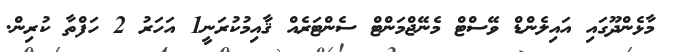
މާޅެންދޫގައި އައިލެންޑް ވޭސްޓް މެނޭޖްމަންޓް ސެންޓަރެއް ޤާއިމުކުރަނީ1 އަހަރު 2 ހަފްތާ ކުރިން.